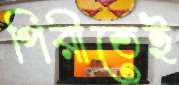
পিরীতেই